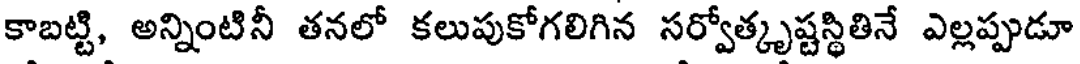
కాబట్టి, అన్నింటినీ తనలో కలుపుకోగలిగిన సర్వోత్కృష్టస్థితినే ఎల్లప్పుడూ